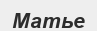
Матье